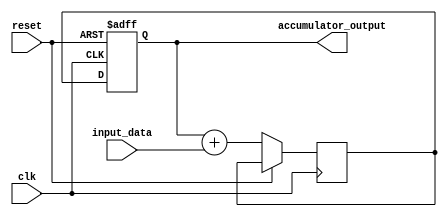
module ParallelAccumulator(
    input wire clk,
    input wire reset,
    input wire [7:0] input_data,
    output reg [15:0] accumulator_output
);

reg [15:0] accumulator_reg;
reg [15:0] temp_sum;

always @(posedge clk or posedge reset) begin
    if (reset) begin
        accumulator_reg <= 16'b0;
    end else begin
        temp_sum <= accumulator_reg + input_data;
        accumulator_reg <= temp_sum;
    end
end

assign accumulator_output = accumulator_reg;

endmodule